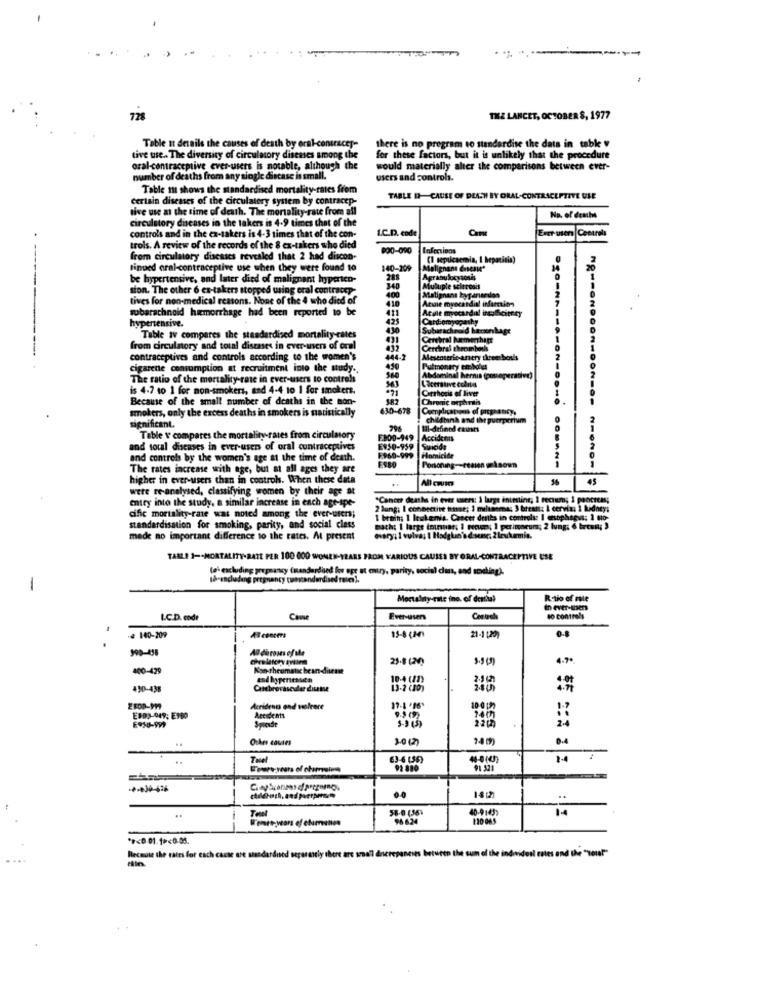
728
THE LANCET, OCTOBER $, 1977
there is no program to standardise the data in table
Table at details the causes of death by oral-consraces-
tive use .. The diversity of circulatory diseases among the
for these factors, but it is unlikely that the procedure
oral-contraceptive ever-users is notable, although the
would materially alter the comparisons between ever-
number of deaths from any single discase is small.
users and control.
Table m shows the standardised mortality-rates frem
certain diseases of the circulatory system by contracep-
TABLE D-CAUSE OF DEATH BY ORAL-CONTRACEPTIVE ULE
live use at the time of death. The mortality-rate from all
circulatory diseases in the takers is 4-9 times that of the
No. of deaths
Exer usen Centrals
controls and in the ex-takers is 4-3 times that of the con-
L.C.D. code
trois. A review of the records of the 8 ex-takers who died
$00-090
Infections
from circulatory diseases revealed that 2 had discon-
(1 sepulcaemia, I hep
tinued oral-contraceptive use when they were found 10
140-209
Malignant Cases*
be hypertensive, and later died of malignant hyperten-
283
Agranulocytosis
sion. The other 6 ex-takers stopped using eral contract
340
Multiple sclerood
tives for non-medical reasons. None of the 4 who died of
416
400
Malignant kygariselon
Atwie myocardial infarction
------
subarachnoid hemorrhage had been reported to be
Atale myocardu Deficitfry
411
425
hypertensive.
430
Subarachnoid hiersonhagt
Table av compares the standardised mortality-rates
431
Cerebral barmerThat
----
from circulatory and total diseases in ever-users of oral
432
Cerebral thrombosh
contraceptives and controls according to the women's
444-2
Mesenterio-amery three bonds
cigarette consumption at recruitment into the study .,
450
Pulmonary embolus
The ratio of the mortality-rate in ever-users to contrels
Abdominal hernis (pouoperative)
Lacerstove coletas
is 4-7 to 1 for non-smokers, and 4-4 to 1 for smokers.
543
Cirrhosis of liver
Because of the small number of deaths in the mon-
582
Chronic nephrtis
smokers, only the excess deaths in smokers is statistically
630-678
childtank and the puerpcrium
significant.
Hal-defined causes
Table v compares the mortality rates from circulatory
2800-949 |Accidents
and toul diseases in ever-users of oral contraceptives
E950-959
Suicide
and controls by the women's age at the time of death.
F960-999
Homicide
The rates increase with age, but at all ages they are
Portoning
higher in ever-users than in controls. When these data
All com
45
were re-analysed, classifying women by their age at
entry into the study, a similar increase in each age-spe-
"Cancer deaths in ever wusers: ) large intestine, I rectum; 1 pocicreas;
2 lung: I connective tutine; 1 milanema, 3 breast; I cervix; 1 kidney;
cific mortality-rate was noted among the ever-users;
1 brain; 1 leukemia. Cancer deaths in controls: I esophagus; 1 to-
standardisation for smoking, parity, and social class
Bach: 1 large tourner; I mecum; 1 perimneum; 2 lung; 6 breun; )
made no important difference to the rates. At present
mary; 1 vulva; I Hodgkin's doene; 2 leukarmin.
TABLE 1=+MORTALITY-RATE PER 100 000 WONEN-YEARS FROM VARIOUS CAUSES BY ORAL-CONTRACEPTIVE USE
(et excluding pregnancy (mandardied for epe at entry, parity, social dans, and soudking).
th-including pregnancy cumstandardised rates 1.
1
Ratio of mie
in ever-users
LC.D. codr
Come
Ever-usen
. 100-209
ÆTcenters
15-8 CM4
21-1 120)
990-458
25-8 (24)
4.7.
400-429
Kon-Theumatic bean-disease
10-4 (11)
430-438
Catebrocasedlar diseme
13-2 (10)
Acridenn ond valeare
17-1 '16'
10-0 (3)
1.7
E803-049; E300
Spiesde
Other casaes
3.0 (2)
140
0.4
Tuel
63-6 (56)
1.4
91 521
-*-* 30-636
0.0
1402
58-0 (56)
40-91433
..
96 624
*><0.01.1><0.05.
Ites and the "vous!"
Because the rates for each cause are standardused separately there are